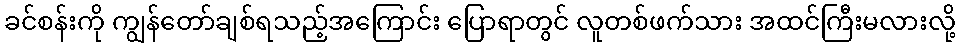
ခင်စန်းကို ကျွန်တော်ချစ်ရသည့်အကြောင်း ပြောရာတွင် လူတစ်ဖက်သား အထင်ကြီးမလားလို့